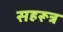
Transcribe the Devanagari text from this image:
सहरूत्र